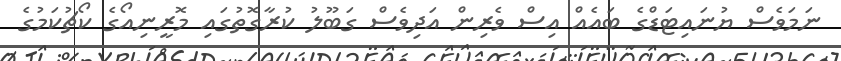
ނަމަވެސް ޔުނައިޓަޑްގެ ބައެއް އިސް ވެރިން އަދިވެސް ގަބޫލު ކުރާގޮތުގައި މޮރީނިއޯގެ ކޯޗުކަމުގެ